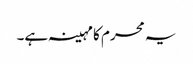
یہ محرم کا مہینہ ہے۔